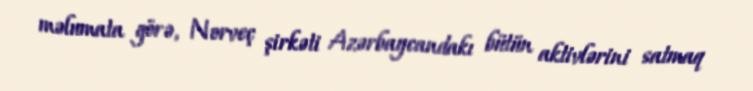
məlumata görə, Norveç şirkəti Azərbaycandakı bütün aktivlərini satmaq